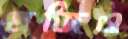
মজিও